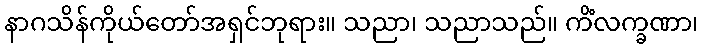
နာဂသိန်ကိုယ်တော်အရှင်ဘုရား။ သညာ၊ သညာသည်။ ကိံလက္ခဏာ၊